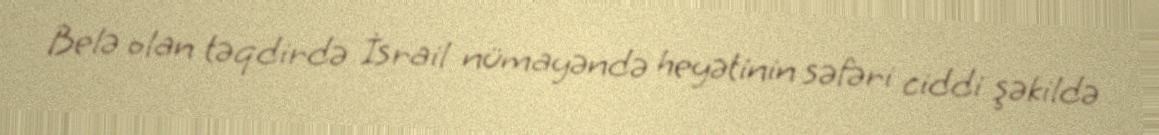
Belə olan təqdirdə İsrail nümayəndə heyətinin səfəri ciddi şəkildə